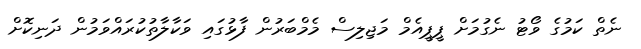
ނެތް ކަމުގެ ވޯޓު ނެގުމަށް ޕީޕީއެމް މަޖިލިސް މެމްބަރުން ފާޅުގައި ވަކާލާތުކުރައްވަަމުން ދަނިކޮށް